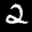
Label: 2